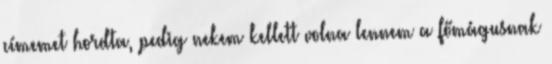
címemet hordta, pedig nekem kellett volna lennem a főmágusnak